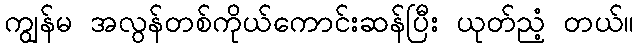
ကျွန်မ အလွန်တစ်ကိုယ်ကောင်းဆန်ပြီး ယုတ်ညံ့ တယ်။